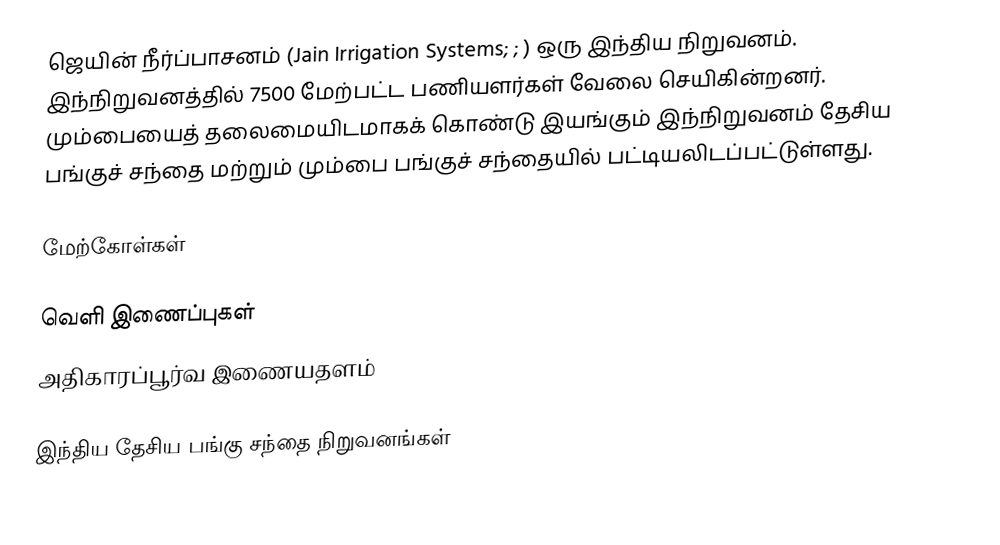
ஜெயின் நீர்ப்பாசனம் (Jain Irrigation Systems; ; ) ஒரு இந்திய நிறுவனம். இந்நிறுவனத்தில் 7500 மேற்பட்ட பணியளர்கள் வேலை செயிகின்றனர். மும்பையைத் தலைமையிடமாகக் கொண்டு இயங்கும் இந்நிறுவனம் தேசிய பங்குச் சந்தை மற்றும் மும்பை பங்குச் சந்தையில் பட்டியலிடப்பட்டுள்ளது.

மேற்கோள்கள்

வெளி இணைப்புகள்
அதிகாரப்பூர்வ இணையதளம்

இந்திய தேசிய பங்கு சந்தை நிறுவனங்கள்